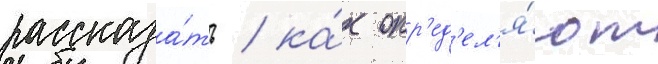
рассказа́ть / ка́к опр'ед'ел'я́ют